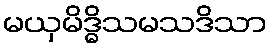
မယှမိဒ္ဓိသမသဒိသာ